Civil Veterinary Dept. North-West Frontier Province 1923-32 - 1923-1932
Year: 1923
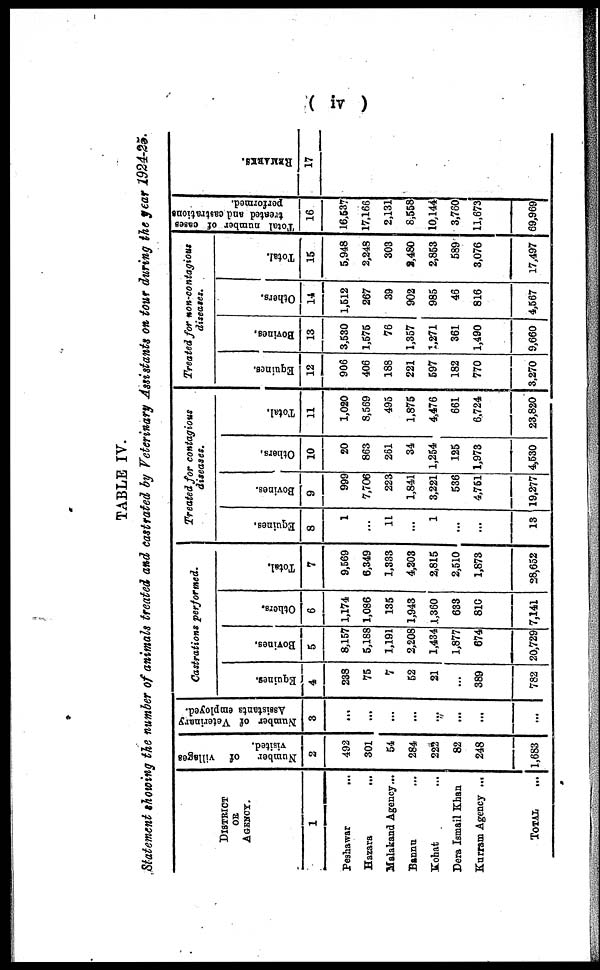
( iv )
TABLE IV.
Statement showing the number of animals treated and castrated by Veterinary Assistants on tour during the year 1924-25.
DISTRICT
OR
AGENCY.
1
Peshawar ...
Hazara
...
Malakand Agency ...
Bannu ...
Kohat ...
Dera Ismail Khan
Kurram Agency ...
TOTAL ...
Number
of villages
visited.
2
492
301
54
284
222
82
248
1,683
Number of Veterinary
Assistants employed.
3
...
...
...
...
...
...
...
...
Castrations
performed.
Equi nes .
4
238
75
7
52
21
...
389
782
Bovines.
5
8,157
5,188
1,191
2,208
1,434
1,877
674
20,729
Others.
6
1,174
1,086
135
1,943
1,360
633
810
7,141
Tot al .
7
9,569
6,349
1,333
4,203
2,815
2,510
1,873
28,652
Treated for contagious
diseases.
Equi nes .
8
1
...
11
...
1
...
...
13
Bovi nes .
9
999
7,706
223
1,841
3,221
536
4,751
19,277
Ot her s .
10
20
863
261
34
1,254
125
1,973
4,530
Total.
11
1,020
8,569
495
1,875
4,476
661
6,724
23,820
Treated for non-contagious
diseases.
Equi nes .
12
906
406
188
221
597
182
770
3,270
Bovi ne s .
13
3,530
1,575
76
1,357
1,271
361
1,490
9,660
Ot her s .
14
1,512
267
39
902
985
46
816
4,567
Tot al .
15
5,948
2,248
303
8,480
2,853
589
3,076
17,497
Total number of cases
treated and castrations
performed.
16
16,537
17,166
2,131
8,558
10,144
3,760
11,673
69,969
REMARKS.
17